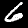
Label: 6